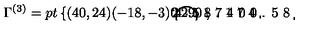
\Gamma ^ { ( 3 ) } = \setlength { \unitlength } { 1 p t } \left\{ \begin{picture} { ( 4 0 , 2 4 ) ( - 1 8 , - 3 ) \thicklines \put ( 0 , 0 ) { \circle { 2 4 } } \put ( 1 2 , 0 ) { \line ( - 5 , 3 ) { 1 8 . 1 7 4 } } \put ( 1 2 , 0 ) { \line ( - 5 , - 3 ) { 1 8 . 1 7 4 } } \put ( - 6 . 1 7 4 , 1 0 . 2 9 0 ) { \line ( 0 , - 1 ) { 2 0 . 5 8 } } } \\ \end{picture} \right. ,